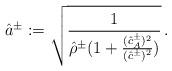
LaTeX: \begin{align*}\hat a^\pm:=\sqrt{\frac{1}{\hat{\rho}^{\pm}(1+\frac{(\hat{c}^{\pm}_A)^2}{(\hat{c}^{\pm})^2})}}\,.\end{align*}